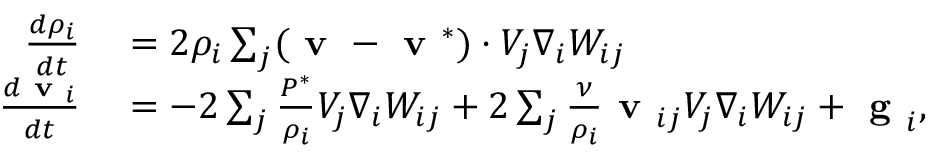
\begin{array} { r l } { \frac { d \rho _ { i } } { d t } } & { { } = 2 { \rho _ { i } } \sum _ { j } ( \textbf { v } - \textbf { v } ^ { * } ) \cdot V _ { j } \nabla _ { i } W _ { i j } } \\ { \frac { d \textbf { v } _ { i } } { d t } } & { { } = - 2 \sum _ { j } \frac { { P } ^ { * } } { \rho _ { i } } V _ { j } \nabla _ { i } W _ { i j } + 2 \sum _ { j } \frac { \nu } { \rho _ { i } } \textbf { v } _ { i j } V _ { j } \nabla _ { i } W _ { i j } + \textbf { g } _ { i } , } \end{array}